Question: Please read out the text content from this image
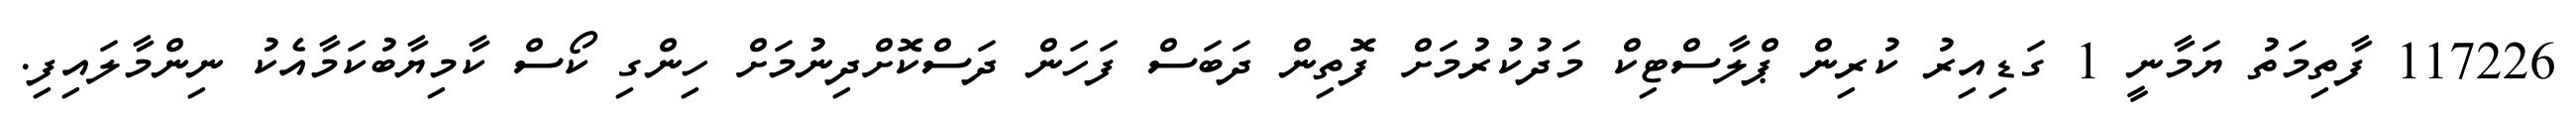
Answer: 117226 ފާތިމަތު ޔަމާނީ 1 ގަޑިއިރު ކުރިން ޕްލާސްޓިކް މަދުކުރުމަށް ފޮތިން ދަބަސް ފަހަން ދަސްކޮށްދިނުމަށް ހިންގި ކޯސް ކާމިޔާބުކަމާއެކު ނިންމާލައިފި.